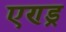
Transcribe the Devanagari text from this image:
एण्ड्र